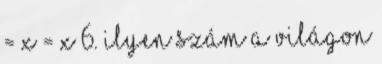
= X = X 6. Ilyen szám a világon